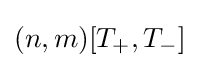
(n,m)[T_{+},T_{-}]